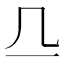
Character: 𬺲